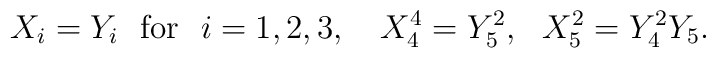
X_{i} = Y_{i} \ \ {\rm for} \ \ i = 1,2,3, \ \ \ X_{4}^{4} = Y_{5}^{2}, \ \ X_{5}^{2} = Y_{4}^{2}Y_{5}.